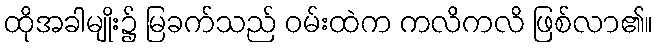
ထိုအခါမျိုး၌ မြခက်သည် ဝမ်းထဲက ကလိကလိ ဖြစ်လာ၏။